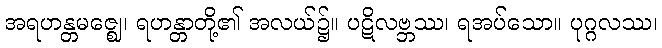
အရဟန္တမဇ္ဈေ၊ ရဟန္တာတို့၏ အလယ်၌။ ပဋိလဗ္ဘဿ၊ ရအပ်သော။ ပုဂ္ဂလဿ၊